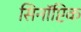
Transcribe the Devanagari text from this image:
सिनॉप्टिक